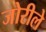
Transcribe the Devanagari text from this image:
जोरीले